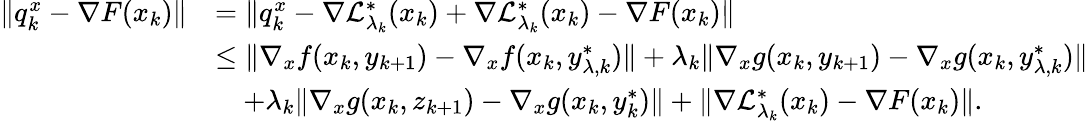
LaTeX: \begin{array}{rl}{\| q_{k}^{x}-\nabla F(x_{k})\| }&{=\| q_{k}^{x}-\nabla\mathcal{L}_{\lambda_{k}}^{*}(x_{k})+\nabla\mathcal{L}_{\lambda_{k}}^{*}(x_{k})-\nabla F(x_{k})\| }\\ &{\le\| \nabla_{x}f(x_{k},y_{k+1})-\nabla_{x}f(x_{k},y_{\lambda,k}^{*})\| +\lambda_{k}\| \nabla_{x}g(x_{k},y_{k+1})-\nabla_{x}g(x_{k},y_{\lambda,k}^{*})\| }\\ &{\quad+\lambda_{k}\| \nabla_{x}g(x_{k},z_{k+1})-\nabla_{x}g(x_{k},y_{k}^{*})\| +\| \nabla\mathcal{L}_{\lambda_{k}}^{*}(x_{k})-\nabla F(x_{k})\| .}\end{array}